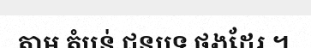
តាម តំបន់ ជនបទ ផងដែរ ។